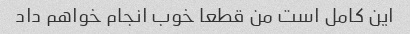
این کامل است من قطعا خوب انجام خواهم داد